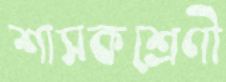
শাসকশ্রেণী